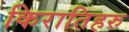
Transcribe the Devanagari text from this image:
किरातिहरु